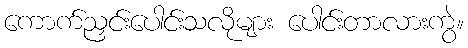
ကောက်ညှင်းပေါင်းသလိုများ ပေါင်းတာလားကွဲ။